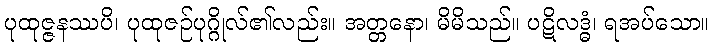
ပုထုဇ္ဇနဿပိ၊ ပုထုဇဉ်ပုဂ္ဂိုလ်၏လည်း။ အတ္တနော၊ မိမိသည်။ ပဋိလဒ္ဓံ၊ ရအပ်သော။